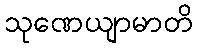
သုဏေယျာမာတိ